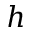
h